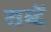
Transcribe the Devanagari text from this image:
शब्दें